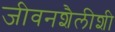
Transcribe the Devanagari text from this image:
जीवनशैलीशी